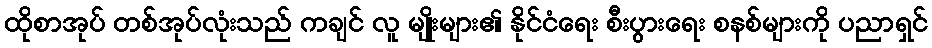
ထိုစာအုပ် တစ်အုပ်လုံးသည် ကချင် လူ မျိုးများ၏ နိုင်ငံရေး စီးပွားရေး စနစ်များကို ပညာရှင်